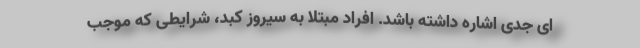
ای جدی اشاره داشته باشد. افراد مبتلا به سیروز کبد، شرایطی که موجب